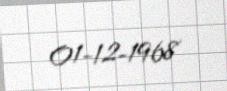
01-12-1968